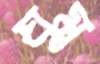
ঘুম